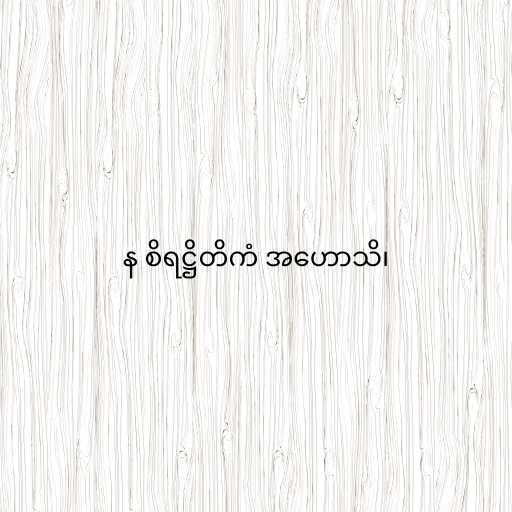
န စိရဋ္ဌိတိကံ အဟောသိ၊